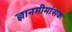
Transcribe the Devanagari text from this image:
ज्ञानमीमांसक